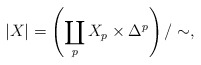
\begin{align*}|X| = \left(\coprod_p X_p \times \Delta^p\right)/\sim,\end{align*}